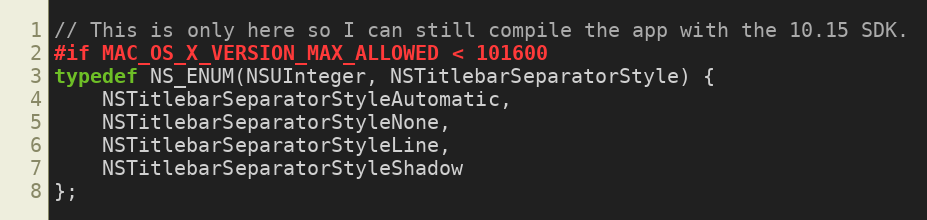
Language: C
// This is only here so I can still compile the app with the 10.15 SDK.
#if MAC_OS_X_VERSION_MAX_ALLOWED < 101600
typedef NS_ENUM(NSUInteger, NSTitlebarSeparatorStyle) {
    NSTitlebarSeparatorStyleAutomatic,
    NSTitlebarSeparatorStyleNone,
    NSTitlebarSeparatorStyleLine,
    NSTitlebarSeparatorStyleShadow
};